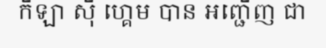
កីឡា ស៊ី ហ្គេម បាន អញ្ជើញ ជា